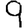
Digit: 9